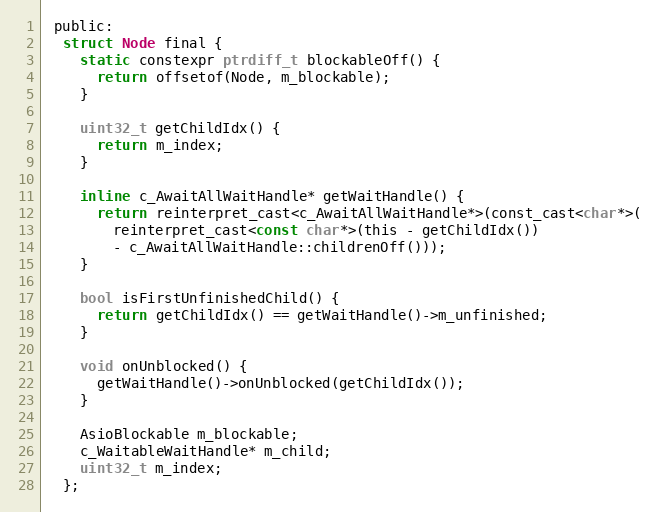
Language: C
 public:
  struct Node final {
    static constexpr ptrdiff_t blockableOff() {
      return offsetof(Node, m_blockable);
    }

    uint32_t getChildIdx() {
      return m_index;
    }

    inline c_AwaitAllWaitHandle* getWaitHandle() {
      return reinterpret_cast<c_AwaitAllWaitHandle*>(const_cast<char*>(
        reinterpret_cast<const char*>(this - getChildIdx())
        - c_AwaitAllWaitHandle::childrenOff()));
    }

    bool isFirstUnfinishedChild() {
      return getChildIdx() == getWaitHandle()->m_unfinished;
    }

    void onUnblocked() {
      getWaitHandle()->onUnblocked(getChildIdx());
    }

    AsioBlockable m_blockable;
    c_WaitableWaitHandle* m_child;
    uint32_t m_index;
  };